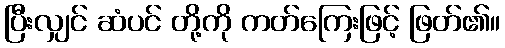
ပြီးလျှင် ဆံပင် တို့ကို ကတ်ကြေးဖြင့် ဖြတ်၏။